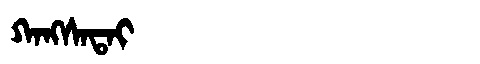
Manchu: ᡴᠠᠩᠰᠠᡨᠠᡳ
Romanization: KANGSATAI